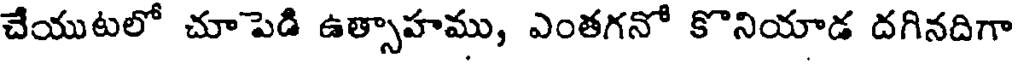
చేయుటలో చూపెడి ఉత్సాహము, ఎంతగనో కొనియాడ దగినదిగా